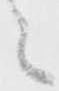
々